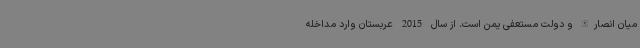
میان انصارالله و دولت مستعفی یمن است. از سال 2015 عربستان وارد مداخله